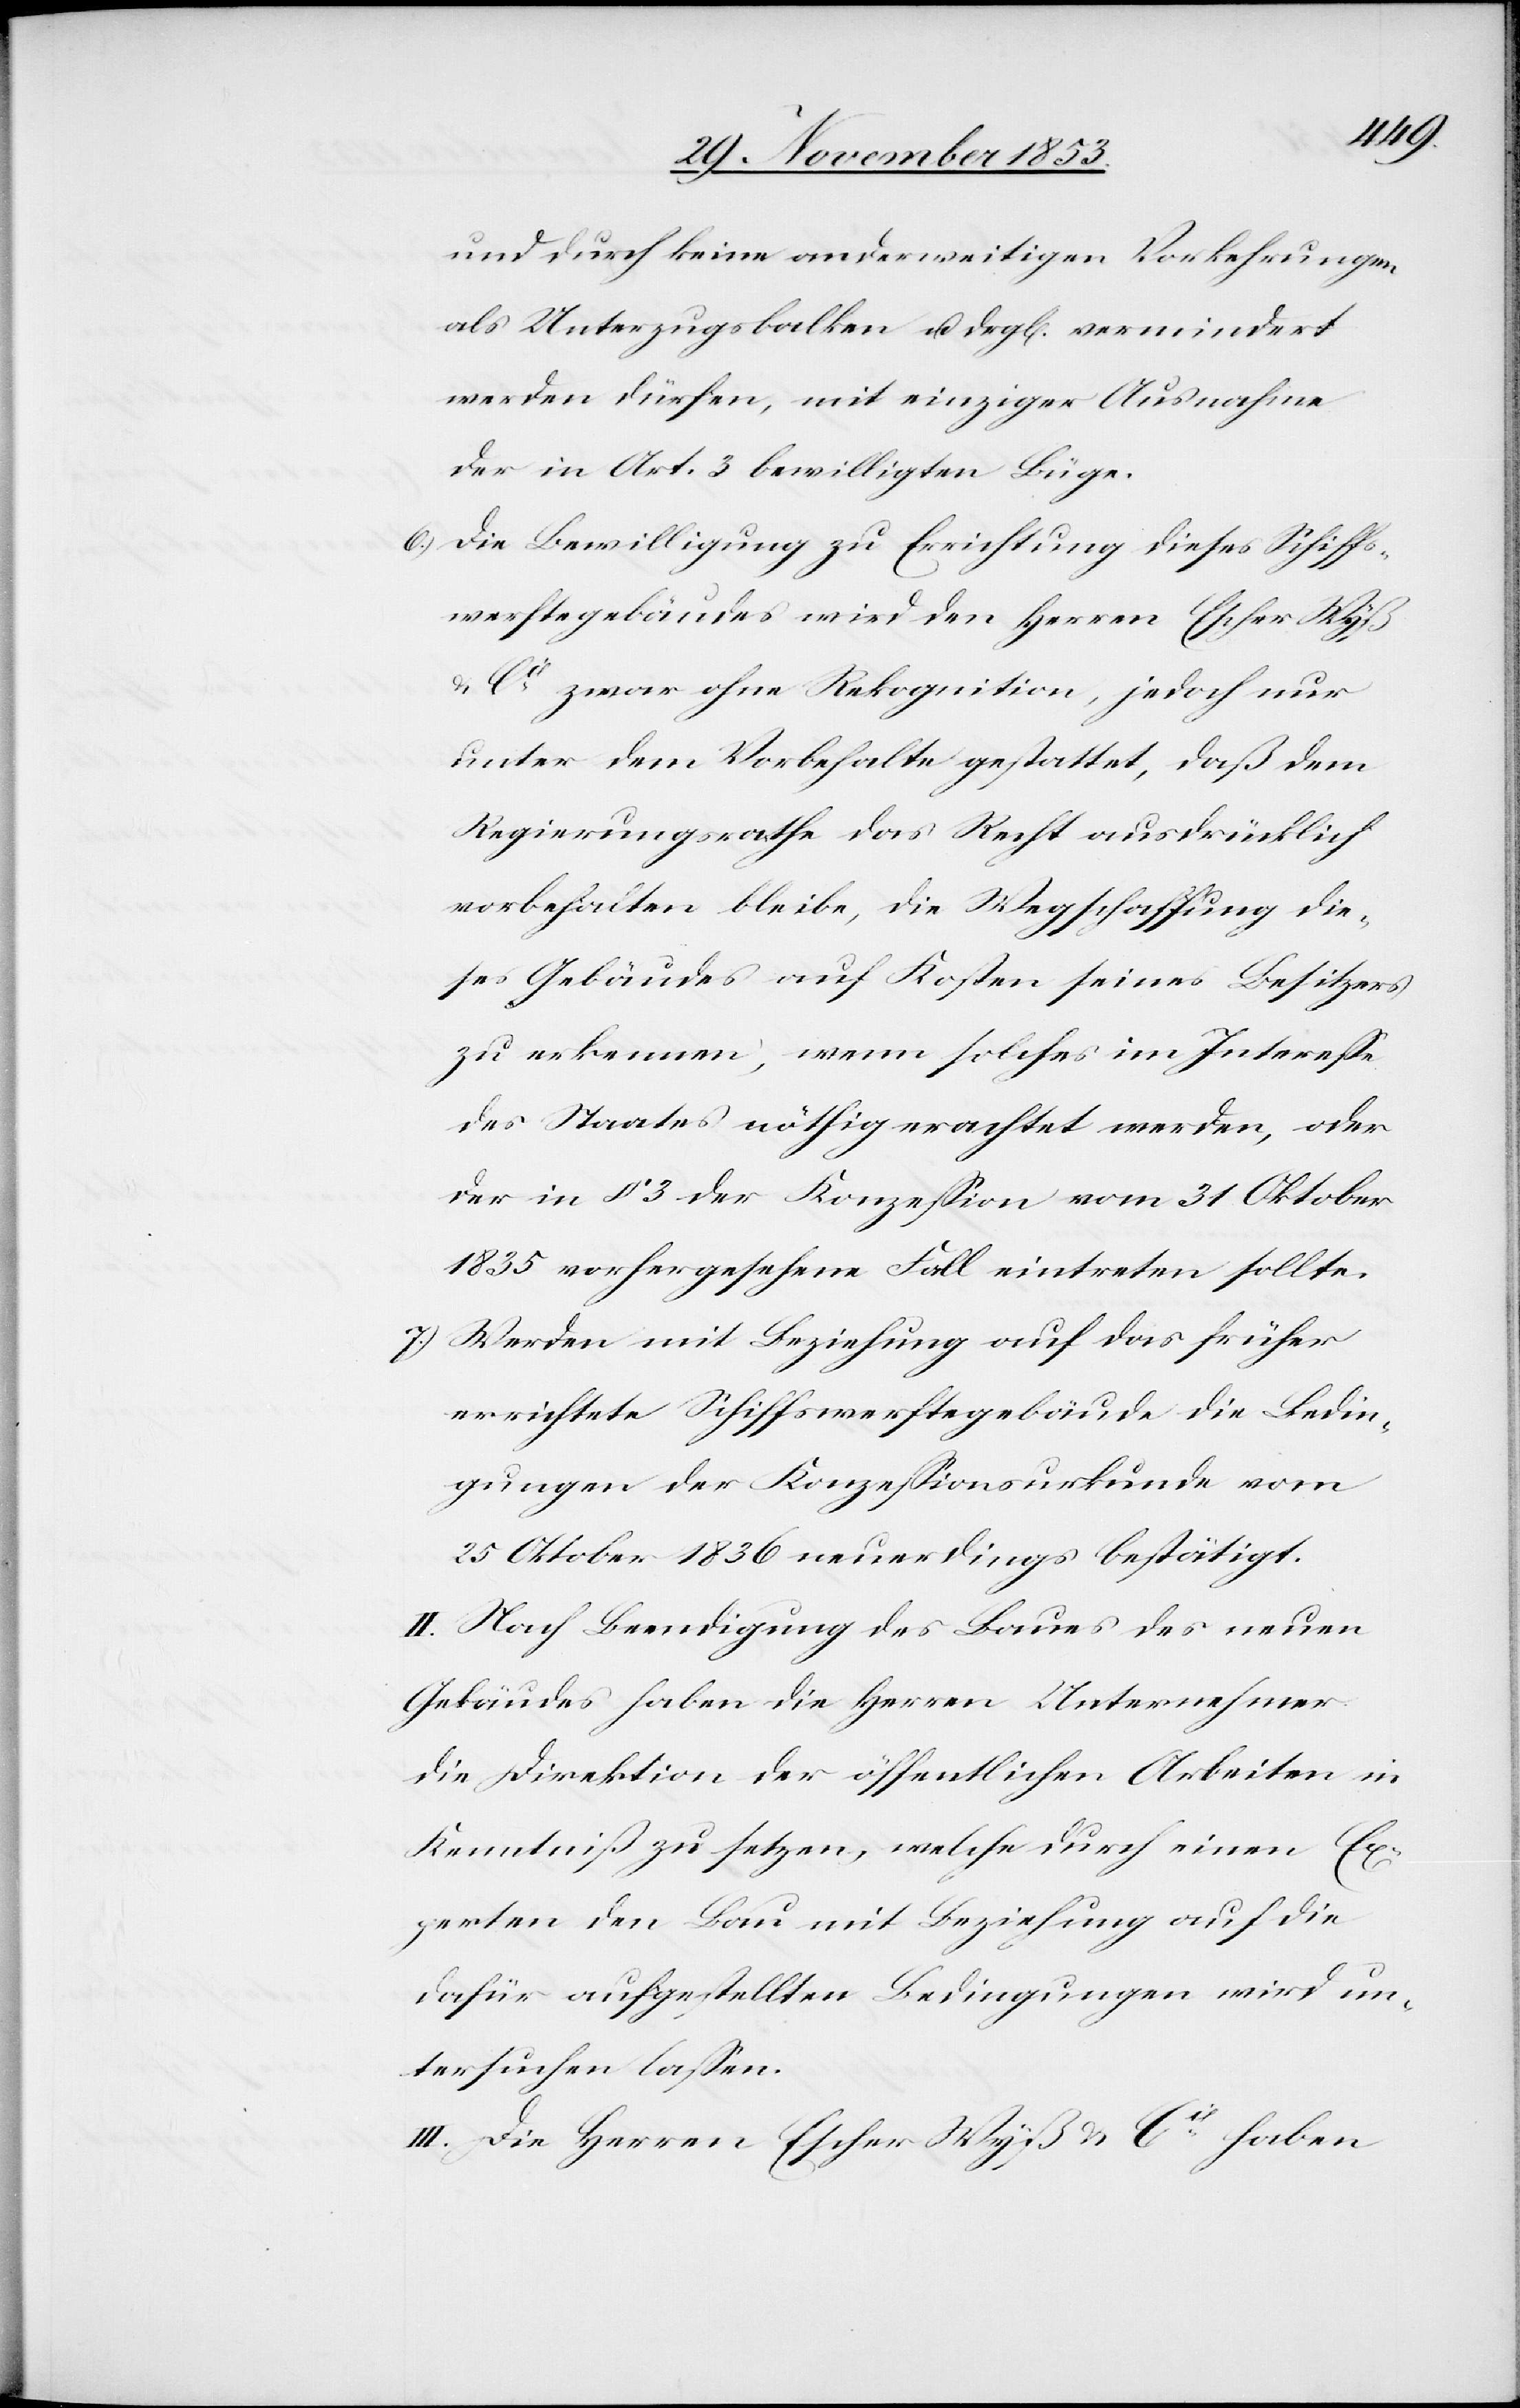
und durch keine anderweitigen Vorkehrungen
als Unterzugsbalken u. dergl[eichen] vermindert
werden dürfen, mit einziger Ausnahme
der in Art. 3 bewilligten Büge.
6) Die Bewilligung zu Errichtung dieses Schiffs¬
werftegebäudes wird den Herrn Escher-Wyß
u. Cie zwar ohne Rekognition, jedoch nur
unter dem Vorbehalte gestattet, daß dem
Regierungsrathe das Recht ausdrücklich
vorbehalten bleibe, die Wegschaffung die¬
ses Gebäudes auf Kosten seines Besitzers
zu erkennen, wenn solches im Intereße
des Staates nöthig erachtet werden, oder
der in § 3 der Konzeßion vom 31 Oktober
1835 vorhergesehene Fall eintreten sollte.
7) Werden mit Beziehung auf das früher
errichtete Schiffswerftegebäude die Bedin¬
gungen der Konzeßionsurkunde vom
25 Oktober 1836 neuerdings bestätigt.
II. Nach Beendigung des Baues des neuen
Gebäudes haben die Herren Unternehmer
die Direktion der öffentlichen Arbeiten in
Kenntniß zu setzen, welche durch einen Ex¬
perten den Bau mit Beziehung auf die
dafür aufgestellten Bedingungen wird un¬
tersuchen laßen.
III. Die Herren Escher Wyß u. Cie haben